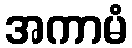
အကာမံ